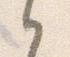
之